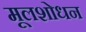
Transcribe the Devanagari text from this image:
मूलशोधन